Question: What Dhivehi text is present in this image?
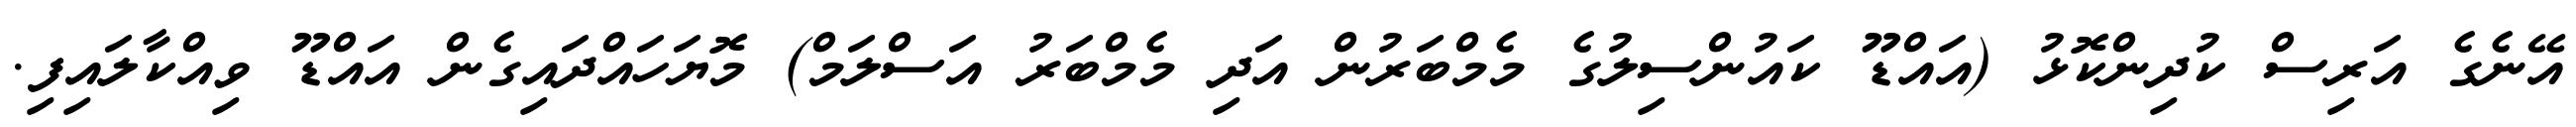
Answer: އޭނެގެ އަރިސް ކުދިންކޮޅު (އައްޑޫ ކައުންސިލުގެ މެމްބަރުން އަދި މެމްބަރު އަސްލަމް) މޮޔަހައްދައިގެން އައްޑޫ ވިއްކާލައިފި.